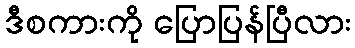
ဒီစကားကို ပြောပြန်ပြီလား